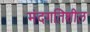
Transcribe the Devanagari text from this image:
मंदगतिशील